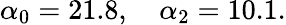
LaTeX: \alpha_{0}=21.8,\quad\alpha_{2}=10.1.